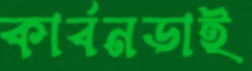
কার্বনডাই